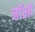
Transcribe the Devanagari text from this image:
जाॅली